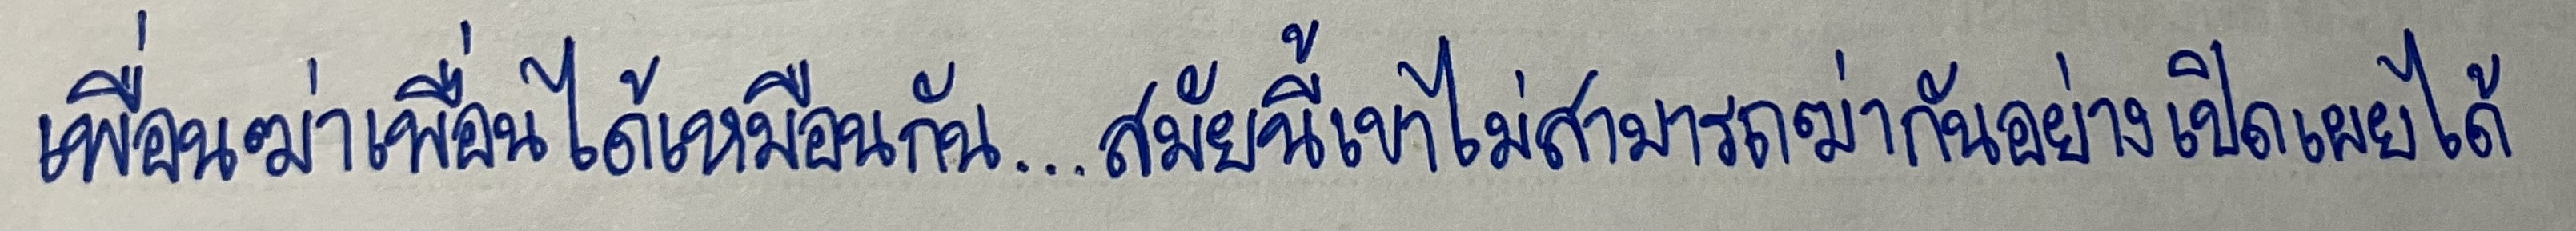
เพื่อนฆ่าเพื่อนได้เหมือนกัน...สมัยนี้เขาไม่สามารถฆ่ากันอย่างเปิดเผยได้